Problem: 32 - 28 = ?
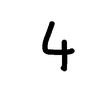
Handwritten answer: 4